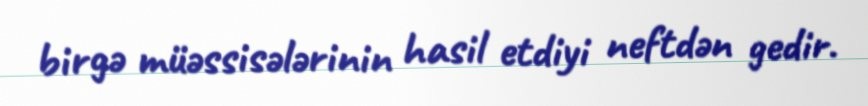
birgə müəssisələrinin hasil etdiyi neftdən gedir.